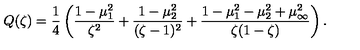
Q ( \zeta ) = \frac { 1 } { 4 } \left( \frac { 1 - \mu _ { 1 } ^ { 2 } } { \zeta ^ { 2 } } + \frac { 1 - \mu _ { 2 } ^ { 2 } } { ( \zeta - 1 ) ^ { 2 } } + \frac { 1 - \mu _ { 1 } ^ { 2 } - \mu _ { 2 } ^ { 2 } + \mu _ { \infty } ^ { 2 } } { \zeta ( 1 - \zeta ) } \right) .